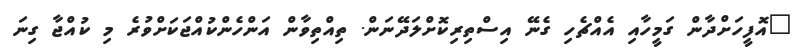
"އޮފީހަށްދާން ގަމީހާއި އެއްޗެހި ގެނޭ އިސްތިރިކޮށްލަދޭނަން. ތިއްތިވާން އަންހެންކުއްޖަކަށްވުރެ މި ކުއްޖާ ގިނަ